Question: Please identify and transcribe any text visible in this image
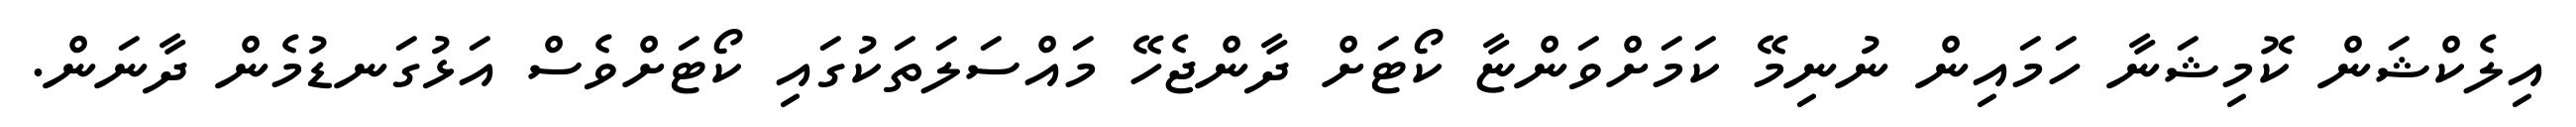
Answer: އިލެކްޝަން ކޮމިޝަނާ ހަމައިން ނުނިމޭ ކަމަށްވަންޏާ ކޯޓަށް ދާންޖެހޭ މައްސަލަތަކުގައި ކޯޓަށްވެސް އަޅުގަނޑުމެން ދާނަން.